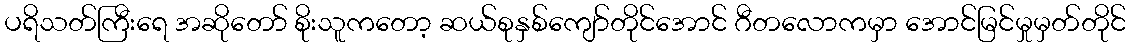
ပရိသတ်ကြီးရေ အဆိုတော် စိုးသူကတော့ ဆယ်စုနှစ်ကျော်တိုင်အောင် ဂီတလောကမှာ အောင်မြင်မှုမှတ်တိုင်